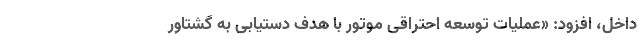
داخل، افزود: «عملیات توسعه احتراقی موتور با هدف دستیابی به گشتاور